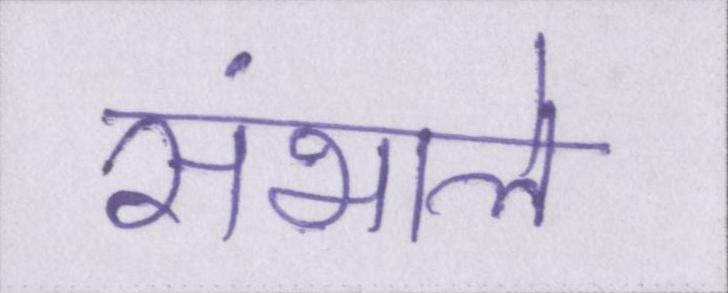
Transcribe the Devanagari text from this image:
संभाले